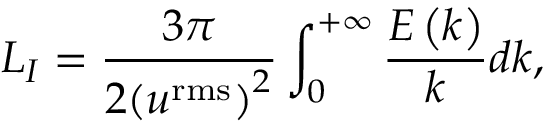
{ L _ { I } } = \frac { 3 \pi } { 2 { { \left( { { u } ^ { \mathrm { { r m s } } } } \right) } ^ { 2 } } } \int _ { 0 } ^ { + \infty } { \frac { E \left( k \right) } { k } d k } ,